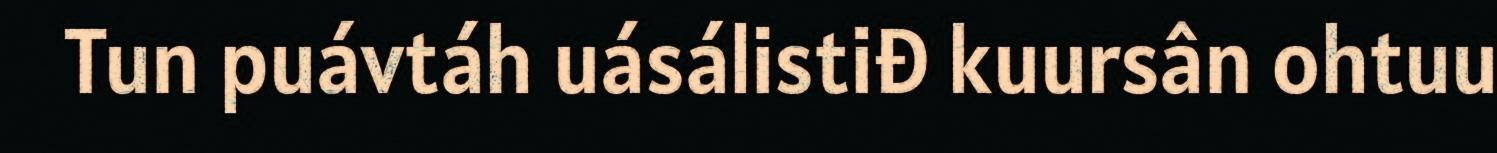
Tun puávtáh uásálistiđ kuursân ohtuu